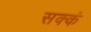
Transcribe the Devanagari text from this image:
सक्कं